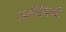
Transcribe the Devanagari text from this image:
सलीबियों